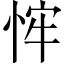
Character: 𢚄